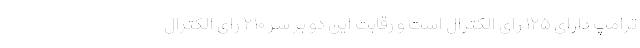
ترامپ دارای ۱۲۵ رای الکترال است و رقابت این دو بر سر ۲۱۰ رای الکترال